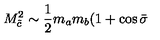
M _ { \tilde { c } } ^ { 2 } \sim \frac { 1 } { 2 } m _ { a } m _ { b } ( 1 + \cos \bar { \sigma }